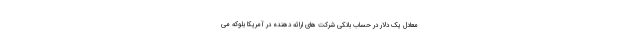
معادل یک دلار در حساب بانکی شرکت های ارائه دهنده در آمریکا بلوکه می